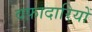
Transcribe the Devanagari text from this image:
वफ़ादारियों